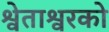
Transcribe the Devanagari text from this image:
श्वेताश्वरको